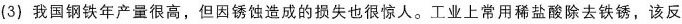
(3)我国钢铁年产量很高，但因锈蚀造成的损失也很惊人。工业上常用稀盐酸除去铁锈，该反